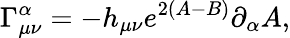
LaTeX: \Gamma_{\mu\nu}^{\alpha}=-h_{\mu\nu}e^{2(A-B)}\partial_{\alpha}A,